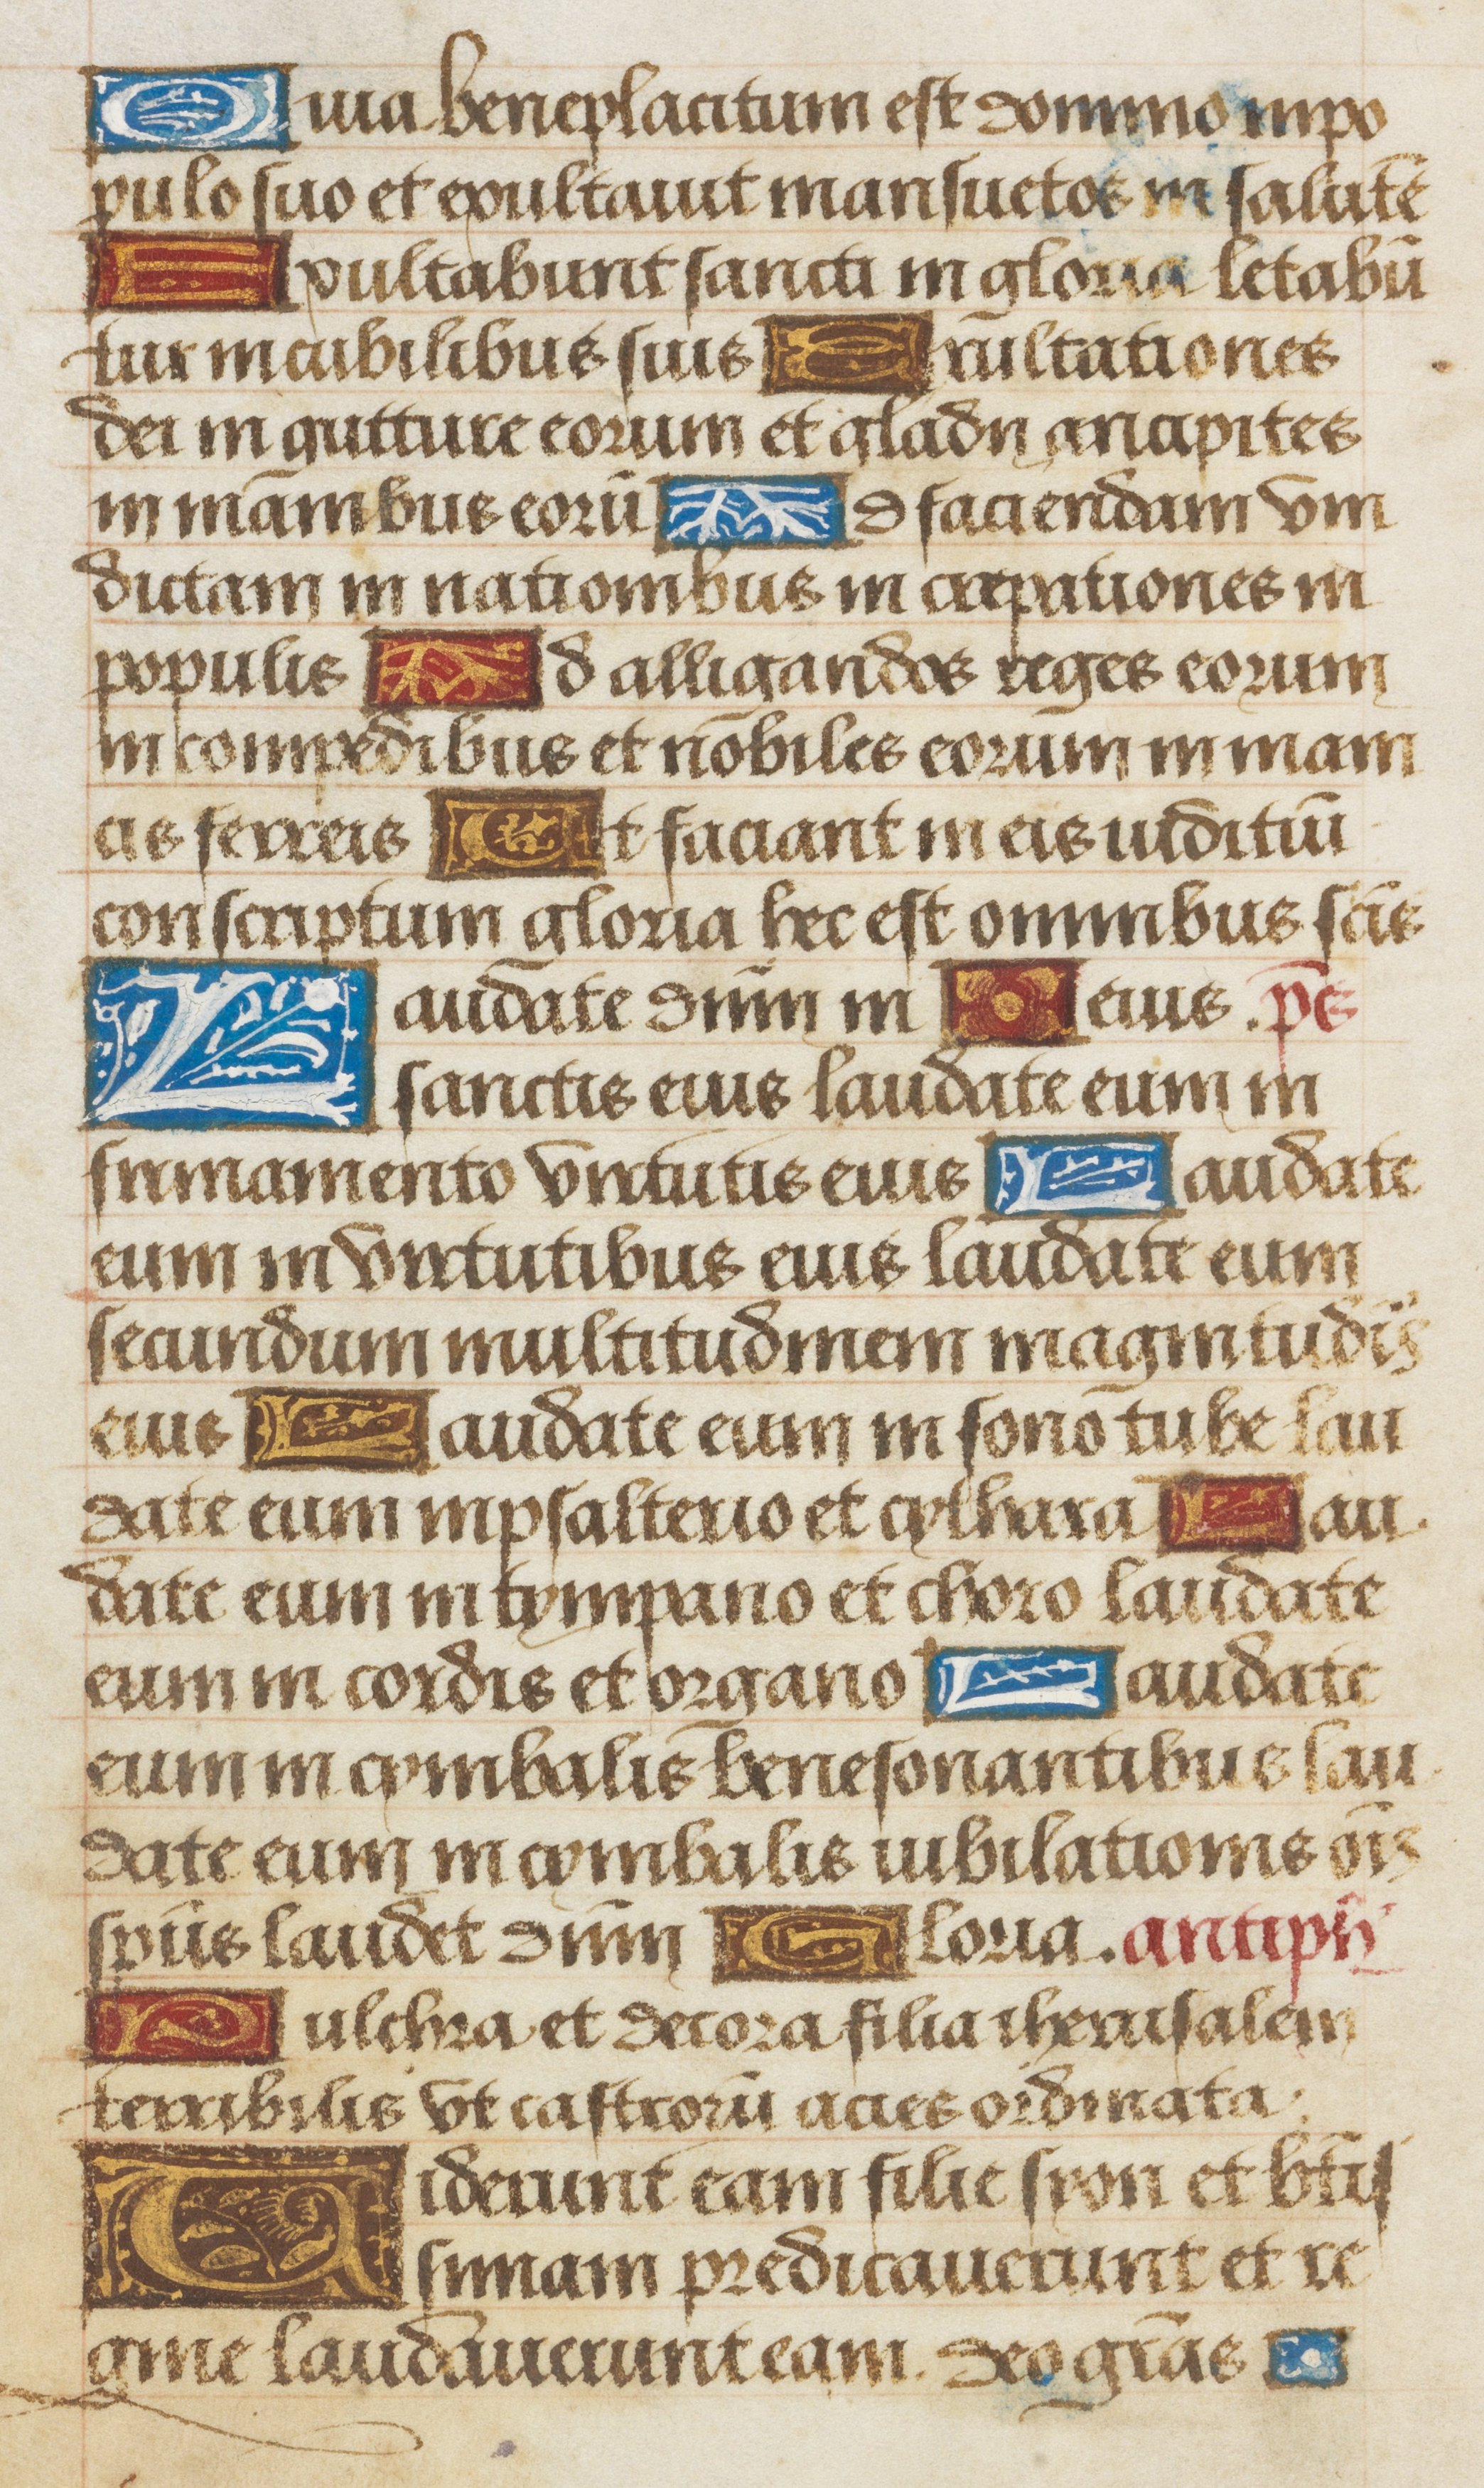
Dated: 1475–1505